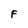
Character: F